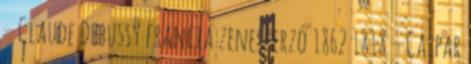
– Claude Debussy francia zeneszerző 1862 1818 – Caspar